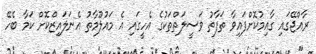
ރާއްޖޭގައި ގާއިމުކޮށްފައިވާ ތަފާތު ވަސީލަތްތަކުގެ އެހީގައި އެ މައުލޫމާތު އެނަލައިޒްކޮށް ކަމާ ބެހޭ